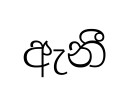
ඇනී